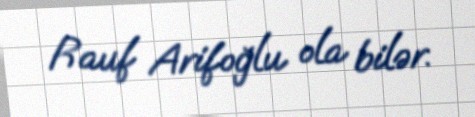
Rauf Arifoğlu ola bilər.